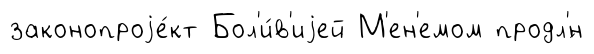
законопроjе́кт Бол'и́в'иjей М'ен'емом продл'́н